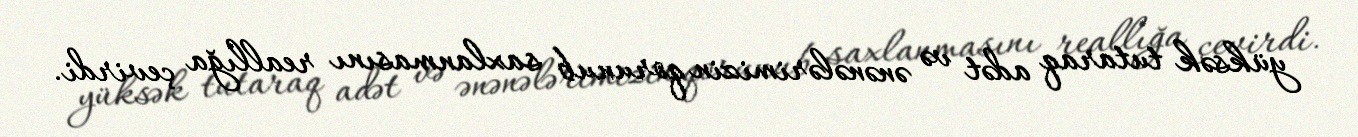
yüksək tutaraq adət və ənənələrimizin qorunub saxlanmasını reallığa çevirdi.